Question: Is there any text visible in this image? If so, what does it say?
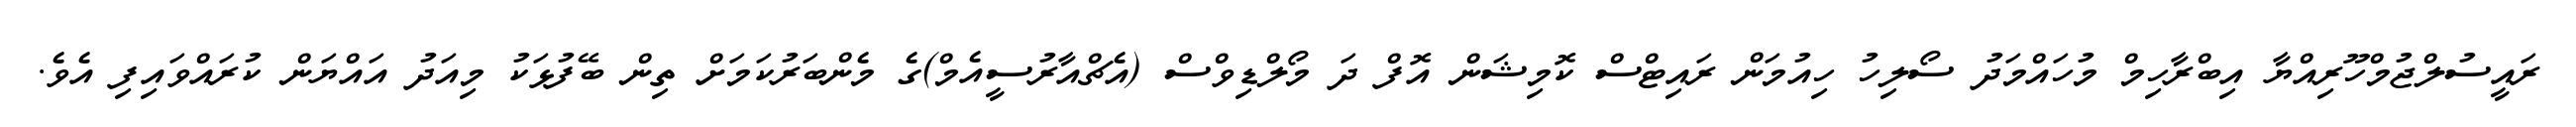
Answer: ރައީސުލްޖުމްހޫރިއްޔާ އިބްރާހިމް މުހައްމަދު ސޯލިހު ހިއުމަން ރައިޓްސް ކޮމިޝަން އޮފް ދަ މޯލްޑިވްސް (އެޗްއާރުސީއެމް)ގެ މެންބަރުކަމަށް ތިން ބޭފުޅަކު މިއަދު އައްޔަން ކުރައްވައިފި އެވެ.